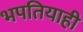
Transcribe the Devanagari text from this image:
भपतियाही